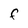
Character: f